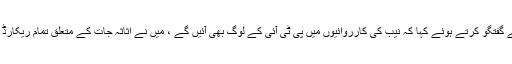
تفصیلات کے مطابق سابق وفاقی وزیر خزانہ اسحاق ڈار نے نیو ٹی وی کے پروگرام نیوز ٹاک سے گفتگو کرتے ہوئے کہا کہ نیب کی کارروائیوں میں پی ٹی آئی کے لوگ بھی آئیں گے ، میں نے اثاثہ جات کے متعلق تمام ریکارڈ عدالتوں میں پیش کیا ہے لیکن اس کے باوجود پاکستانی قوم کو ہمارے متعلق گمراہ کیا جا رہا ہے ۔